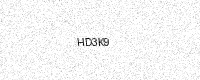
Text: HD3K9